Annual report on the working of the mental hospitals in the Madras Presidency - 1912-1932
Year: 1912
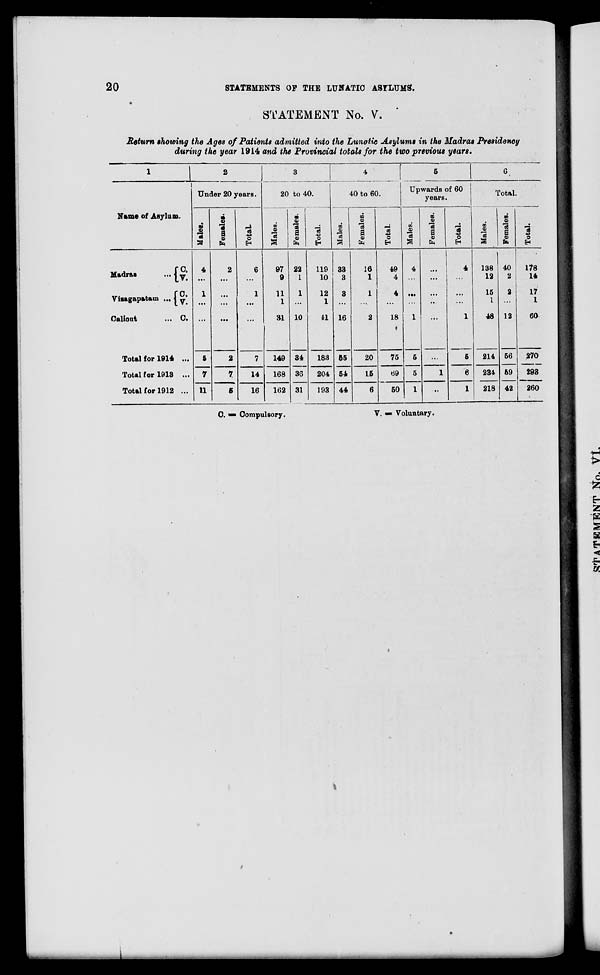
20
STATEMENTS OF THE LUNATIC ASYLUMS.
STATEMENT No. V.
Return showing the Ages of Patients admitted into the Lunatic Asylums in the Madras Presidency
during the year 1914 and the Provincial totals for the two previous years.
1
Name of Asylum.
Madras ...
Visagapatam ...
Calicut
...
C. V.
C.
V.
C.
Total for 1914 ...
Total for 1913 ...
Total for 1912 ...
2
Under 20 years.
Males.
4
...
1
...
...
5
7
11
Females.
2
...
...
...
...
2
7
5
Total.
6
...
1
...
...
7
14
16
3
20 to 40.
Males.
97
9
11
1
31
149
168
162
Females.
22
1
1
...
10
34
36
31
Total.
119
10
12
1
41
183
204
193
4
40 to 60.
Males.
33
3
3
...
16
55
54
44
Females.
16
1
1
...
2
20
15
6
Total.
49
4
4
...
18
75
69
50
5
Upwards of 60
years.
Males.
4
...
...
...
1
5
5
1
Females.
...
...
...
...
...
...
1
...
Total.
4
...
...
...
1
5
6
1
6
Total.
Males.
138
12
15
1
48
214
234
218
Females.
40
2
2
...
12
56
59
42
Total.
178
14
17
1
60
270
293
260
C. = Compulsory.
V. =Voluntary.